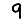
Digit: 9